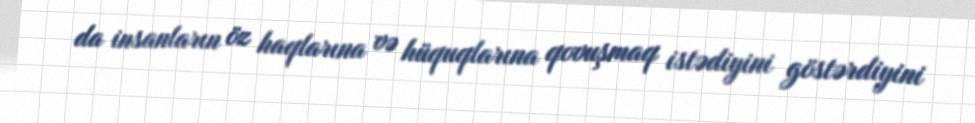
da insanların öz haqlarına və hüquqlarına qovuşmaq istədiyini göstərdiyini